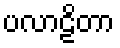
ပလာဠိတာ